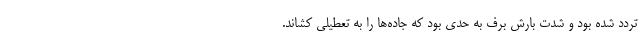
تردد شده بود و شدت بارش برف به حدی بود که جاده‌ها را به تعطیلی کشاند.